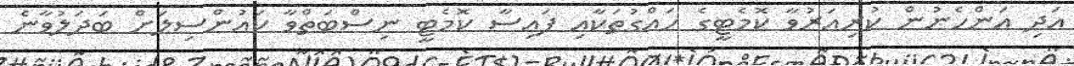
އަދި އަންހެނުން ކުރިއަރުވާ ކޮމެޓީގެ ހައްގުތަކާއި ފައިސާ ކޮމެޓީ ނިސްބަތްވާ ކައުންސިލަށް ބަދަލުވާނެ